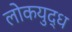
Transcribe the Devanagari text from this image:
लोकयुद्ध